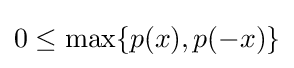
0\leq \max\{p(x),p(-x)\}